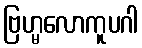
ဗြဟ္မလောကူပဂါ